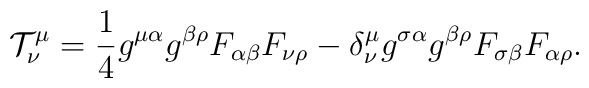
{\cal T}^{\mu}_{\nu} = \frac{1}{4} g^{\mu \alpha} g^{\beta \rho} F_{\alpha \beta} F_{\nu \rho } - \delta^{\mu}_{\nu} g^{\sigma \alpha} g^{\beta\rho} F_{\sigma \beta} F_{\alpha \rho}.